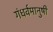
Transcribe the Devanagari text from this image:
गंधर्वमानुषी